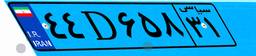
۳۳D۰۹۰۷۸